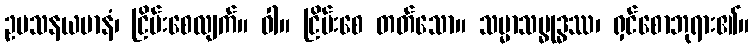
ဥပသနယမာနံ၊ ငြိမ်းစေလျက်။ ဝါ။ ငြိမ်းစေ တတ်သော။ သမ္မာသမ္ဓုဒ္ဓဿ၊ ရှင်စောဘုရား၏။